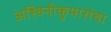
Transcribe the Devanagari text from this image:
अश्विनीकुमारांचा